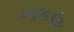
નકહ